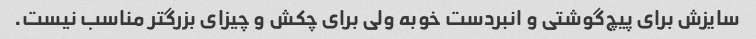
سایزش برای پیچ‌گوشتی و انبردست خوبه ولی برای چکش و چیزای بزرگتر مناسب نیست.